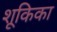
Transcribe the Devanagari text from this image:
शूकिका